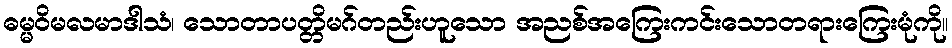
ဓမ္မဝိမလမာဒါသံ၊ သောတာပတ္တိမဂ်တည်းဟူသော အညစ်အကြေးကင်းသောတရားကြေးမုံကို။